65_HS1-834228961_62-HQ-83894_Section_9
Agency: FBI
Page 37
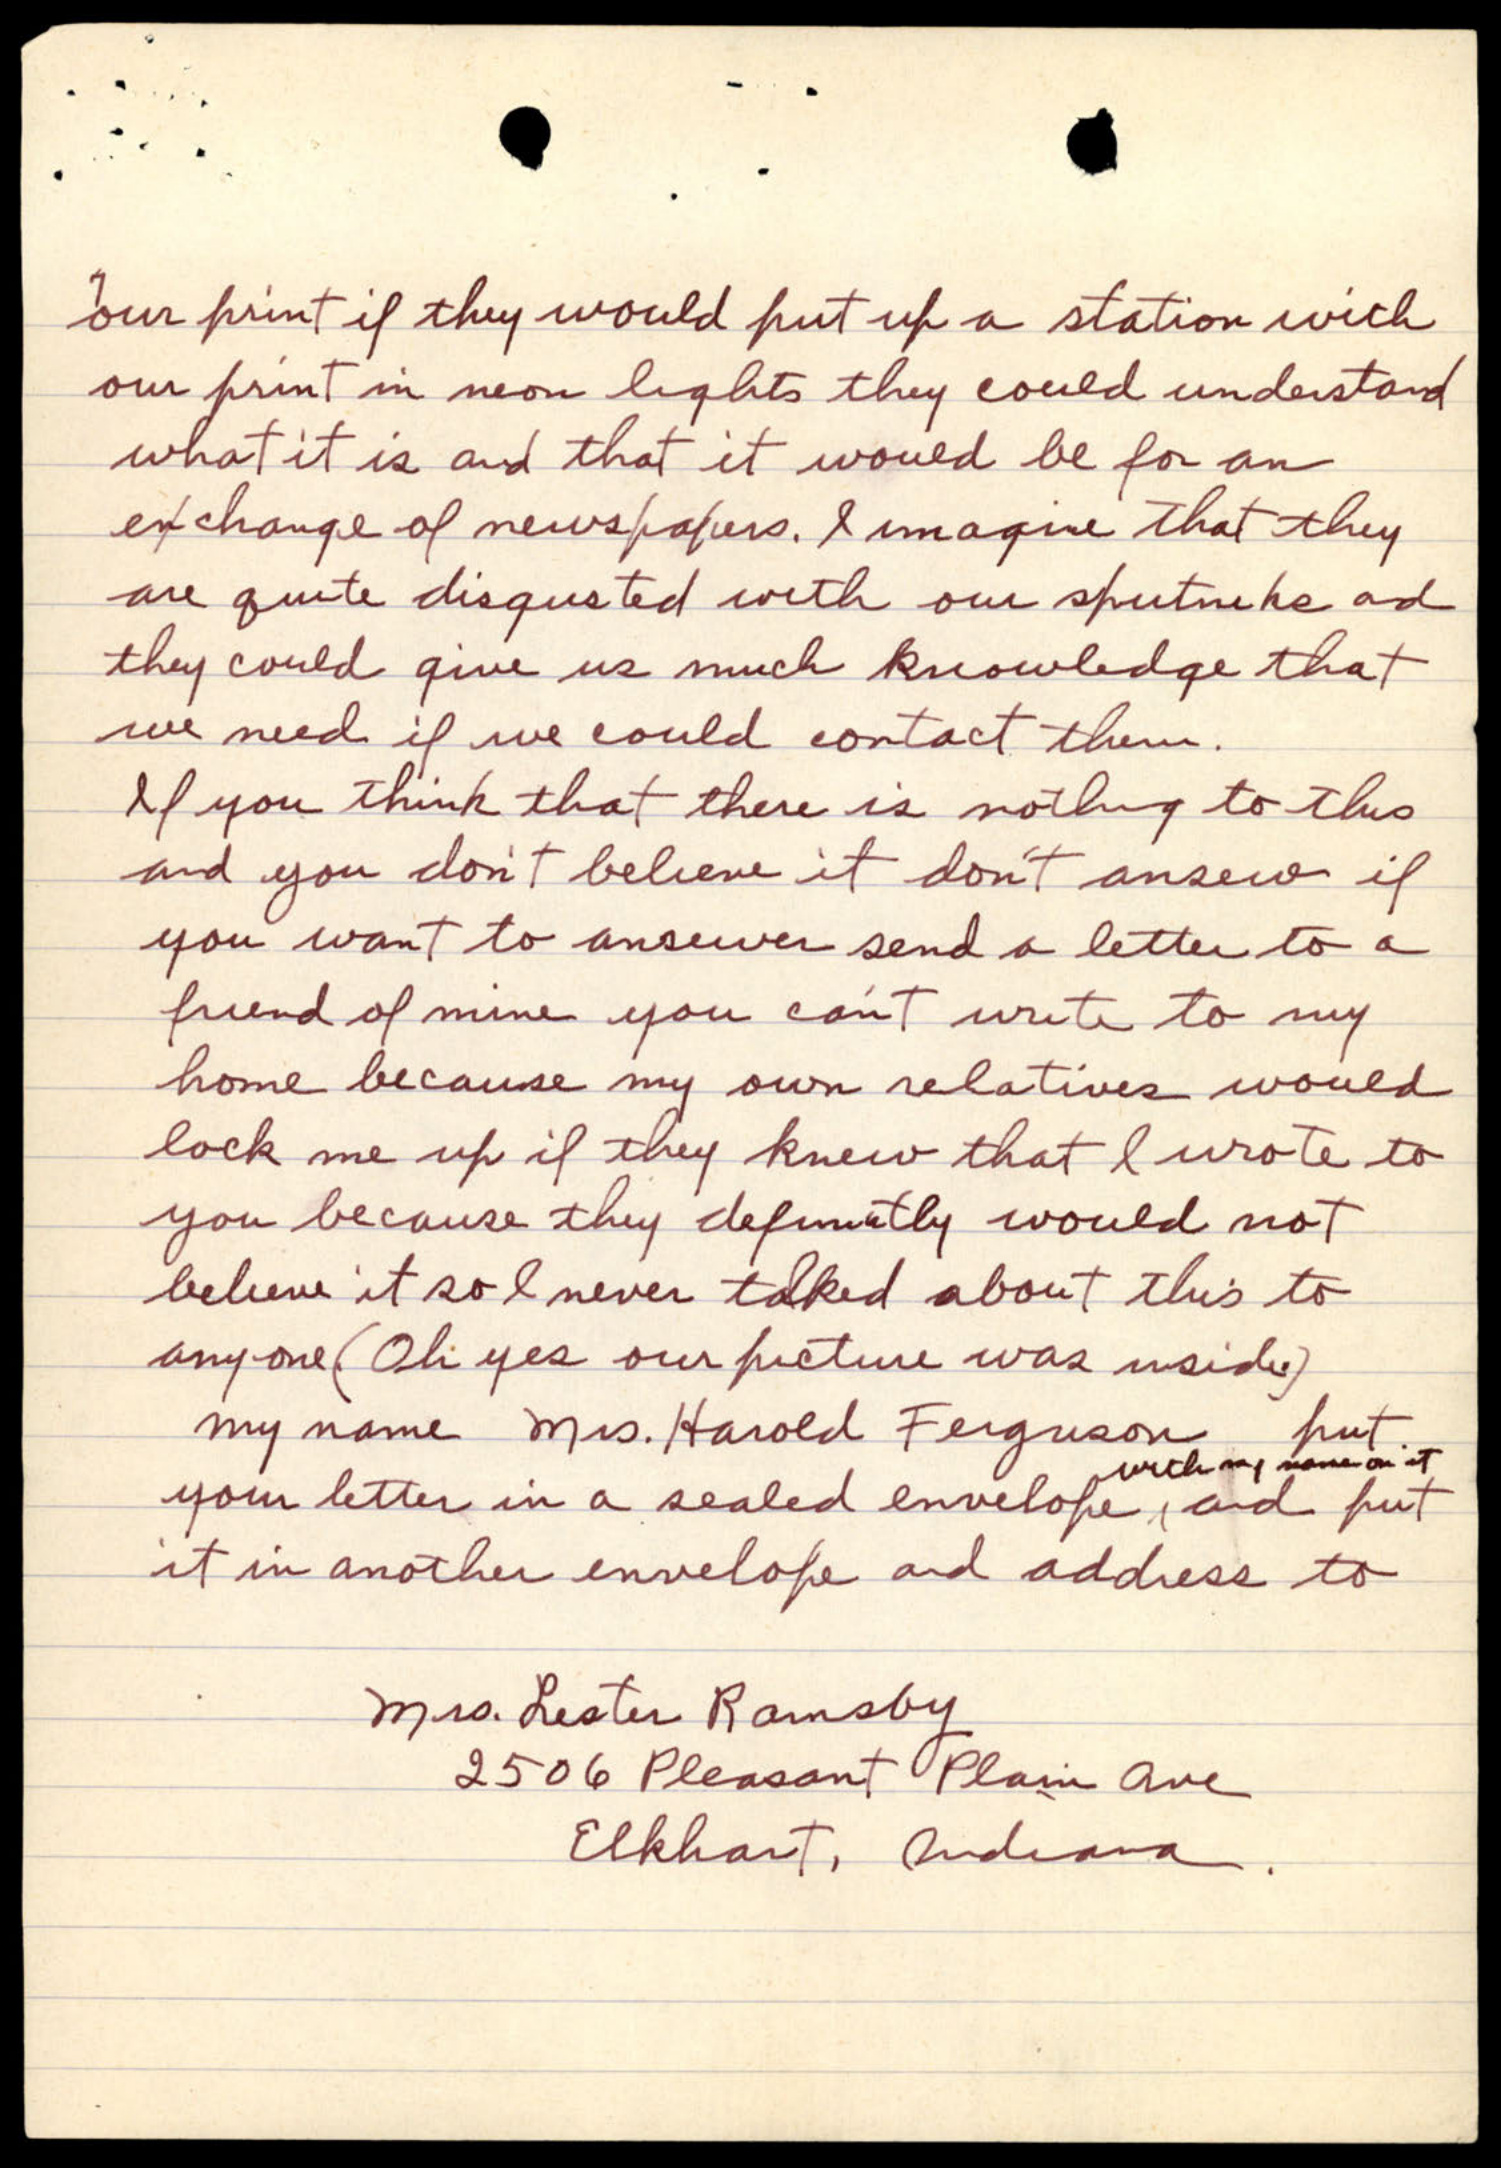